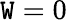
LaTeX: \mathtt{W}=0